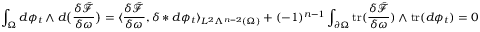
\int _ { \Omega } d \phi _ { t } \wedge d \big ( \frac { \delta \bar { \mathcal { F } } } { \delta \omega } \big ) = \langle \frac { \delta \bar { \mathcal { F } } } { \delta \omega } , \delta \ast d \phi _ { t } \rangle _ { L ^ { 2 } \Lambda ^ { n - 2 } ( \Omega ) } + ( - 1 ) ^ { n - 1 } \int _ { \partial \Omega } \mathrm { t r } ( \frac { \delta \bar { \mathcal { F } } } { \delta \omega } ) \wedge \mathrm { t r } ( d \phi _ { t } ) = 0